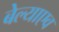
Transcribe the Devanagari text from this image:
बेल्याएव